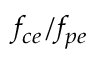
f _ { c e } / f _ { p e }